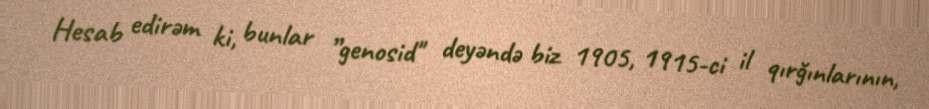
Hesab edirəm ki, bunlar ”genosid" deyəndə biz 1905, 1915-ci il qırğınlarının,